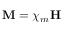
\mathbf { M } = \chi _ { m } \mathbf { H }